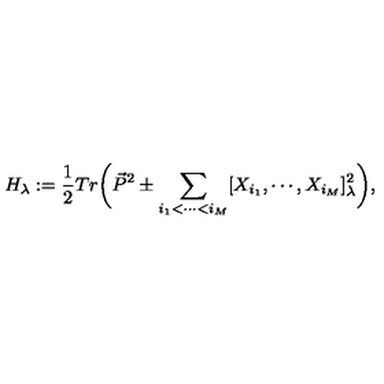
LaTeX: H _ { \lambda } : = \frac 1 2 T r \biggl ( \vec { P } ^ { 2 } \pm \sum _ { i _ { 1 } < \cdots < i _ { M } } [ X _ { i _ { 1 } } , \cdots , X _ { i _ { M } } ] _ { \lambda } ^ { 2 } \biggr ) ,